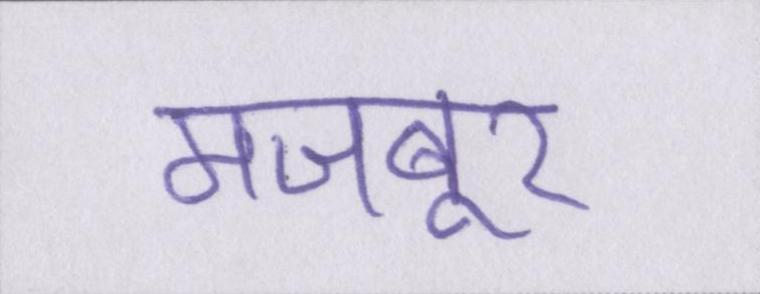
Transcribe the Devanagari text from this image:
मजबूर